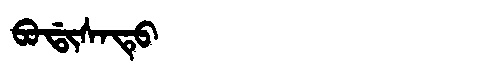
Manchu: ᠪᠣᡩᡳᠰᠠᡨᡠ
Romanization: BODISATU